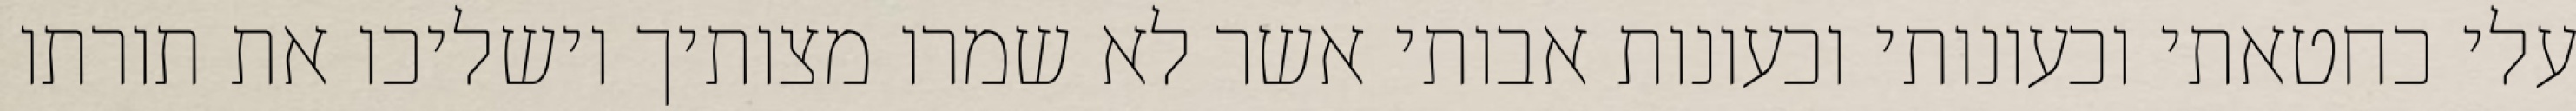
עלי כחטאתי וכעונותי וכעונות אבותי אשר לא שמרו מצותיך וישליכו את תורתו